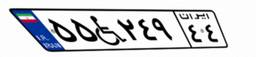
۵۳W۹۵۱۸۳